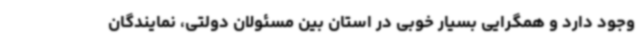
وجود دارد و همگرایی بسیار خوبی در استان بین مسئولان دولتی، نمایندگان